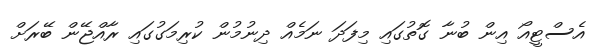
އެސްޓީއޯ އިން ބުނާ ގޮތުގައި މިފަދަ ނަމެއް ދިނުމުން ކުރިމަގުގައި ރާއްޖޭން ބޭރަށް